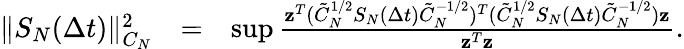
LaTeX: \begin{array}{rlr}{\| S_{N}(\Delta t)\| _{C_{N}}^{2}}&{=}&{\operatorname*{sup}\frac{{\mathbf z}^{T}(\tilde{C}_{N}^{1/2}S_{N}(\Delta t)\tilde{C}_{N}^{-1/2})^{T}(\tilde{C}_{N}^{1/2}S_{N}(\Delta t)\tilde{C}_{N}^{-1/2}){\mathbf z}}{{\mathbf z}^{T}{\mathbf z}}.}\end{array}